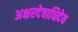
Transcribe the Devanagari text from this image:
अक्षरदेवाधिदेव